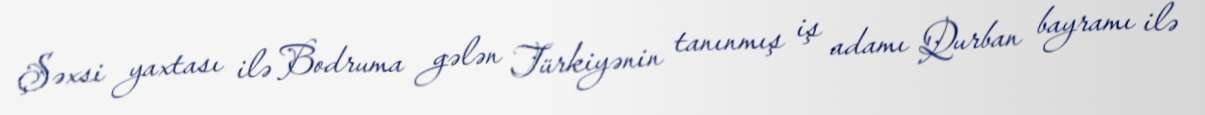
Şəxsi yaxtası ilə Bodruma gələn Türkiyənin tanınmış iş adamı Qurban bayramı ilə